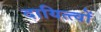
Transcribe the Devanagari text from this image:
दायित्त्वों